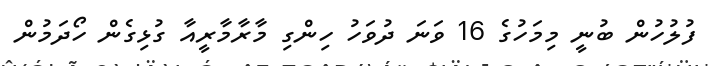
ފުލުހުން ބުނީ މިމަހުގެ 16 ވަނަ ދުވަހު ހިންގި މާރާމާރީއާ ގުޅިގެން ހޯދަމުން